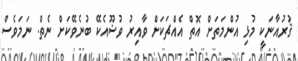
ޤުރުއާނަކީ މުޅި އުންމަތަށް އޮތް އެއްޗަކަށް ވާއިރު ވުޟޫއެކޭ ބުނެވޭކަށް ނެތް. ނަމަވެސް